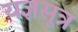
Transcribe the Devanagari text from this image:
यज्ञसूत्र